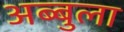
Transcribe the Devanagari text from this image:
अब्बुला